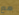
مع